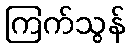
ကြက်သွန်